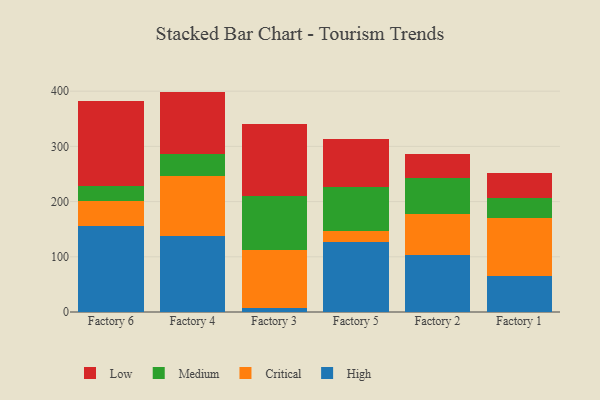
{"axis": {"x": "Factory", "y": "Operating Costs (USD K)"}, "legend": ["Critical", "High", "Low", "Medium"], "data": [{"x": "Factory 6", "y": 156.0, "type": "High"}, {"x": "Factory 6", "y": 45.1, "type": "Critical"}, {"x": "Factory 6", "y": 27.3, "type": "Medium"}, {"x": "Factory 6", "y": 154.6, "type": "Low"}, {"x": "Factory 4", "y": 137.8, "type": "High"}, {"x": "Factory 4", "y": 107.7, "type": "Critical"}, {"x": "Factory 4", "y": 40.0, "type": "Medium"}, {"x": "Factory 4", "y": 113.7, "type": "Low"}, {"x": "Factory 3", "y": 8.1, "type": "High"}, {"x": "Factory 3", "y": 105.1, "type": "Critical"}, {"x": "Factory 3", "y": 96.7, "type": "Medium"}, {"x": "Factory 3", "y": 130.4, "type": "Low"}, {"x": "Factory 5", "y": 125.9, "type": "High"}, {"x": "Factory 5", "y": 20.0, "type": "Critical"}, {"x": "Factory 5", "y": 80.7, "type": "Medium"}, {"x": "Factory 5", "y": 86.6, "type": "Low"}, {"x": "Factory 2", "y": 104.1, "type": "High"}, {"x": "Factory 2", "y": 72.9, "type": "Critical"}, {"x": "Factory 2", "y": 66.2, "type": "Medium"}, {"x": "Factory 2", "y": 43.0, "type": "Low"}, {"x": "Factory 1", "y": 66.1, "type": "High"}, {"x": "Factory 1", "y": 104.4, "type": "Critical"}, {"x": "Factory 1", "y": 36.6, "type": "Medium"}, {"x": "Factory 1", "y": 45.3, "type": "Low"}]}